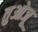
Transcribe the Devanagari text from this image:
तुओजू